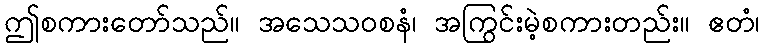
ဤစကားတော်သည်။ အသေသဝစနံ၊ အကြွင်းမဲ့စကားတည်း။ ဧတံ၊